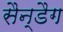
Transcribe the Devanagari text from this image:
सैन्डैग